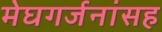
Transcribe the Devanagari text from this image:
मेघगर्जनांसह